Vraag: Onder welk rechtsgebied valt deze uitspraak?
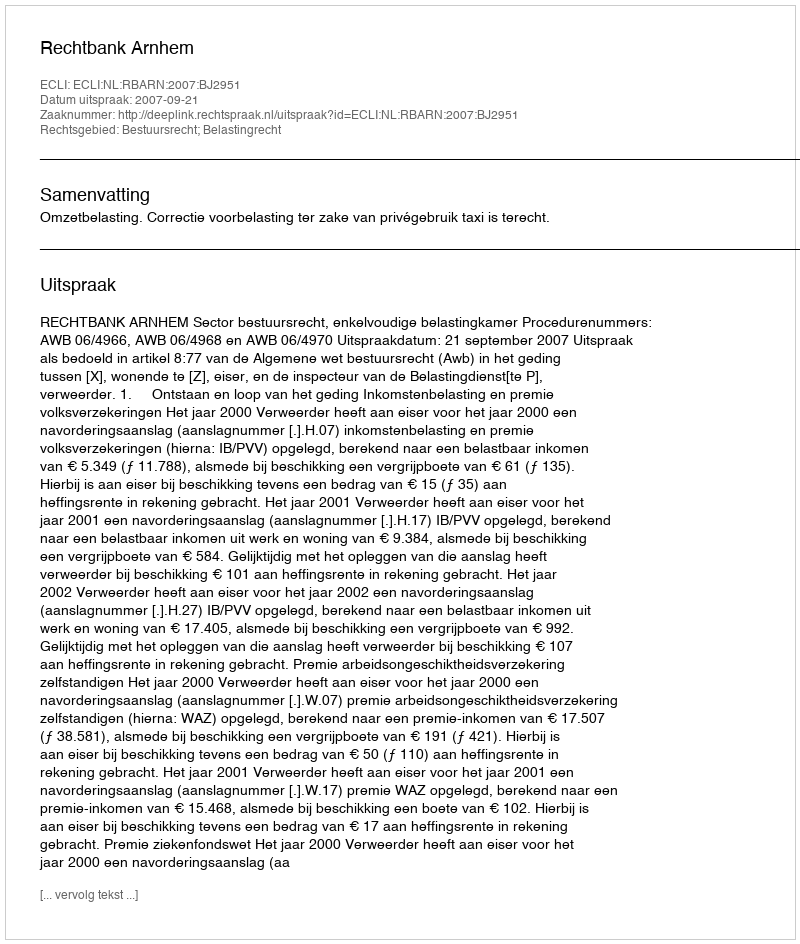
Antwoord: Bestuursrecht; Belastingrecht